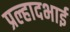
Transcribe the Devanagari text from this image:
प्रल्हादभाई